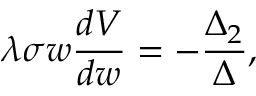
\lambda \sigma w \frac { d V } { d w } = - \frac { \Delta _ { 2 } } { \Delta } ,